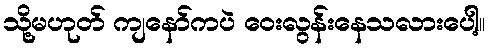
သို့မဟုတ် ကျနော်ကပဲ ဝေးလွန်းနေသလားပေါ့။